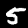
Digit: 5